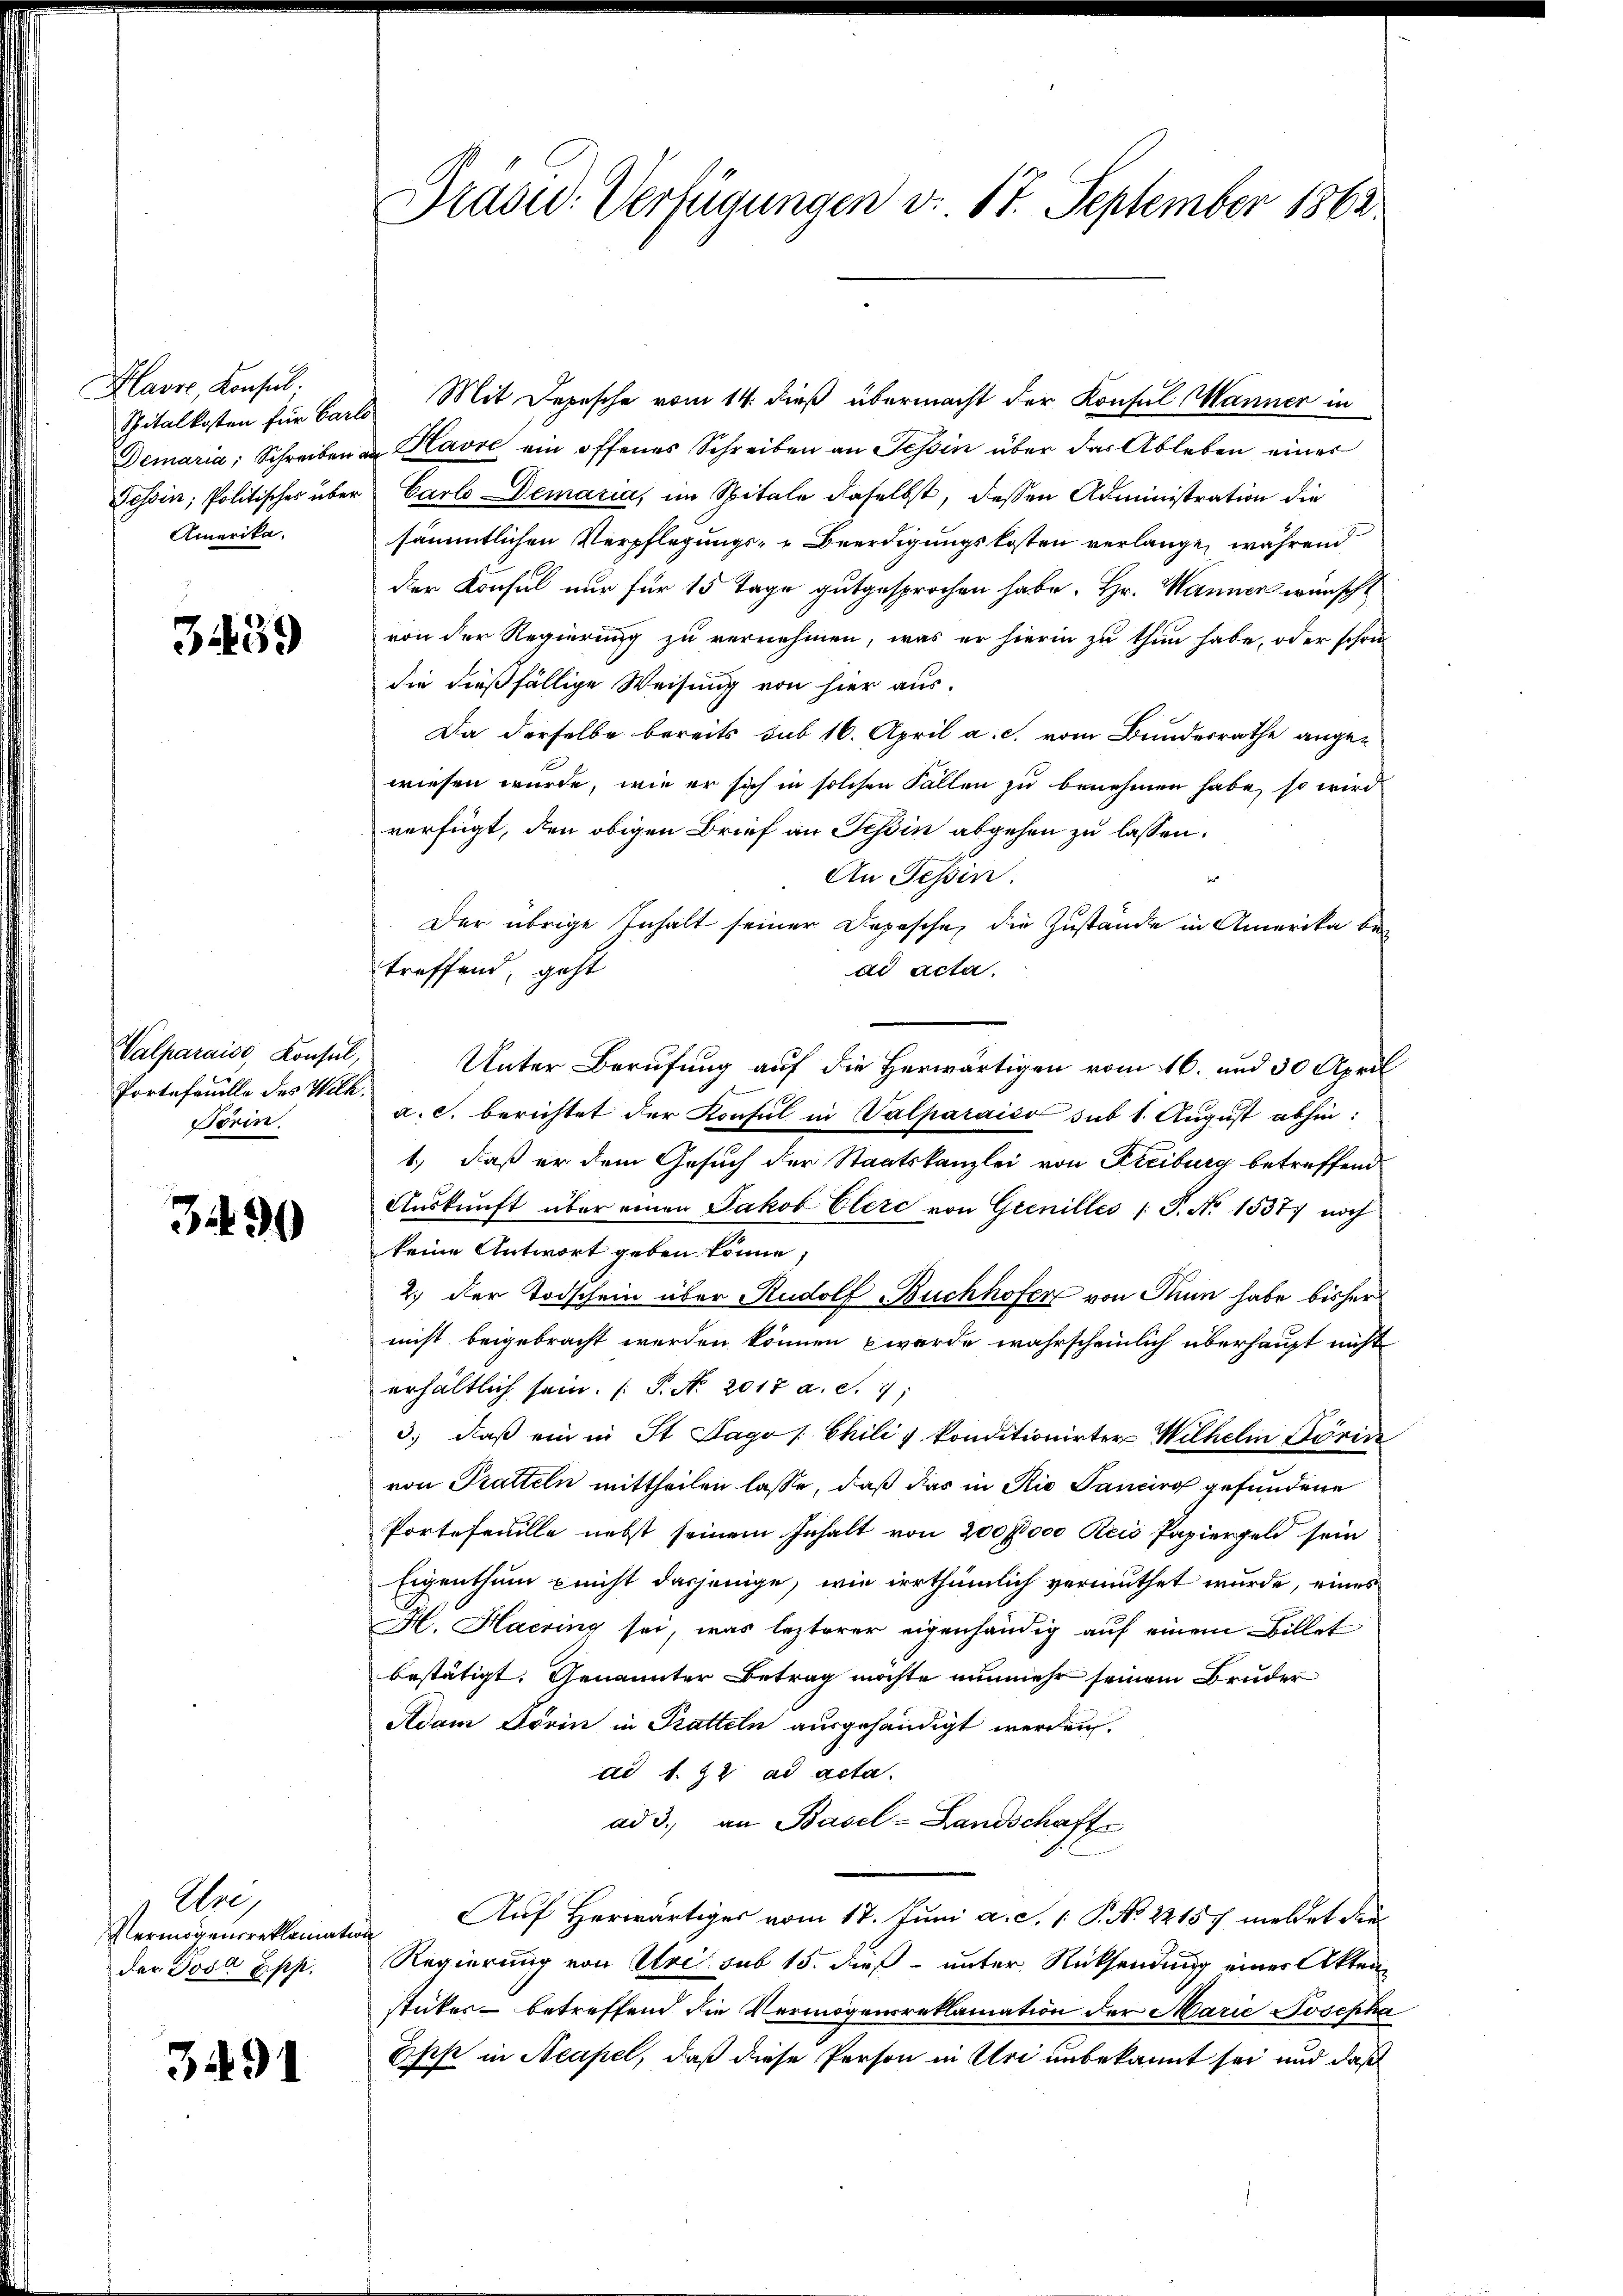
Plavre Konsul
Amerika.

3.439

Valparaise, Konsul
Portefeuille des Wilh.
Ferin.

390

Aig
Vermögensreklamation
der Posa Epp.

3491

Spitalkosten für Carls Mit Depesche vom 14. dieß übermacht der Konsul Manner in
Demaria, Schreiben an Havre ein offenes Schreiben an Tessin über das Ableben einer
Fossin, Politisches über Carlo Demaria, im Spitale daselbst, dessen Administration die
sämmtlichen Verpflegungs- & Beerdigungskosten verlange, während
der Konsul nur für 15 Tage gutgesprochen habe. Hr. Wanner wünscht
von der Regierung zu vernehmen, was er hierin zu thun habe, oder schrie
die dießfällige Weisung von hier aus-
Da derselbe bereits sub 16. April a. c. vom Bundesrathe angewiesen wurde, wie er sich in solchen Fällen zu benehmen habe, so wird
verfügt, den obigen Brief an Tessin abgehen zu lassen.
An Tessin.

Der übrige Inhalt seiner Depesche, die Zustände in Amerika bei
treffend, geht
dd acta.
Unter Berufung auf die Herwärtigen vom 16. und 30 April
a. c. berichtet der Konsul in Salparaićo sub 1. August abhin:
1.) daß er dem Gesuch der Staatskanzlei von Freiburg betreffend
Aŭskŭnft über einen Jakob Clerc von Grenilles /: P. Nr. 1537) noch
keine Antwort geben könne,
2.) Der Todschein über Rudolf Buchhofer von Thun habe bisher
nicht beigebracht werden können werde wahrscheinlich überhaupt nicht
erhältlich sein. (T. N. 2018 a. S. 1
3., daß ein in St. Sago [Chilis konditionirter Wilhelin Paris
von Tratteln mittheilen lasse, daß das in Rio Sancirt gefundene
Portefeuille nebst seinem Inhalt von 2000000 Reis Papiergeld sein
Eigenthum nicht dasjenige, wie irrthümlich vermuthet wurde, eines
H. Haering sei, was lezterer eigenhändig auf einem Billet
bestätigt. Genannter Betrag möchte nunmehr seinem Bruder
Adam Forin in Pratteln ausgehändigt werden.
ad 1. 22 ad acta.
ad 3., an Basel-Landschaft
Auf Herwärtiges vom 17. Juni a. S. 1. P. No 22157 meldet die
Regierung von Stoi sub 15. dieß unter Rücksendung einer Akten
stüker betreffend die Vermögensreklamation der Marie Josepha
Epp in Neapel, daß diese Person in Uri unbekannt sei und daß

Drasid. Verfügungen v. 17. September 1862